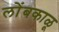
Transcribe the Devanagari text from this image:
लोंबकाळू